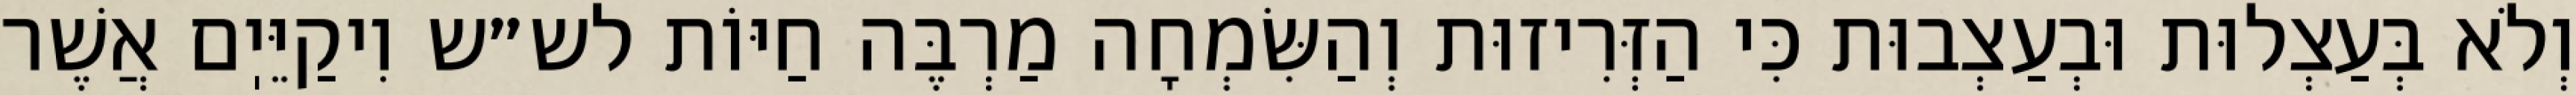
וְלֹא בְּעַצְלוּת וּבְעַצְבוּת כִּי הַזְּרִיזוּת וְהַשִּׂמְחָה מַרְבֶּה חַיּוֹת לש״ש וִיקַיֵּיֽם אֲשֶׁר